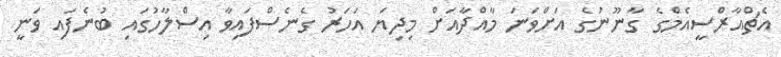
އެޗްއާރްސީއެމްގެ ގާނޫނުގެ އަށްވަނަ މާއްދާއަށް މިދިޔަ އަހަރު ގެނެސްފައިވާ އިސްލާހުގައި ބުނެފައި ވަނީ